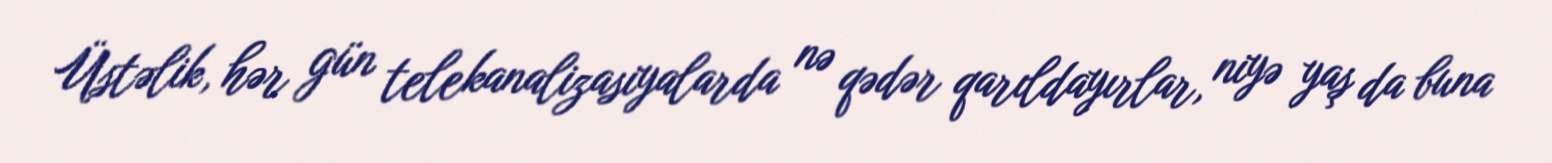
Üstəlik, hər gün telekanalizasiyalarda nə qədər qarıldayırlar, niyə yaş da buna